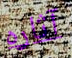
آثاره